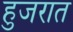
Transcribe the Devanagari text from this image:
हुजरात